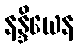
နန္ဒိယေန